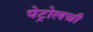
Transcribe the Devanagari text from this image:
पेट्रोलची